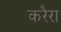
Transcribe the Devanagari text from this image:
करैरा